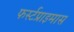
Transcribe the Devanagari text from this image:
फर्स्टप्राइमास